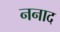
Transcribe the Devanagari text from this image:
ननाद